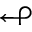
\looparrowleft